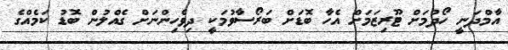
އާމްދަނީ ހޯދުމަށް ޓޫރިޒަމަށް އެހާ ބޮޑަށް ބަރޯސާވުމަކީ ދިވެހިންނަށް ގެއްލުން ބޮޑު ކަމެއްގެ